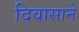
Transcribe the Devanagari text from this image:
दिवासाने